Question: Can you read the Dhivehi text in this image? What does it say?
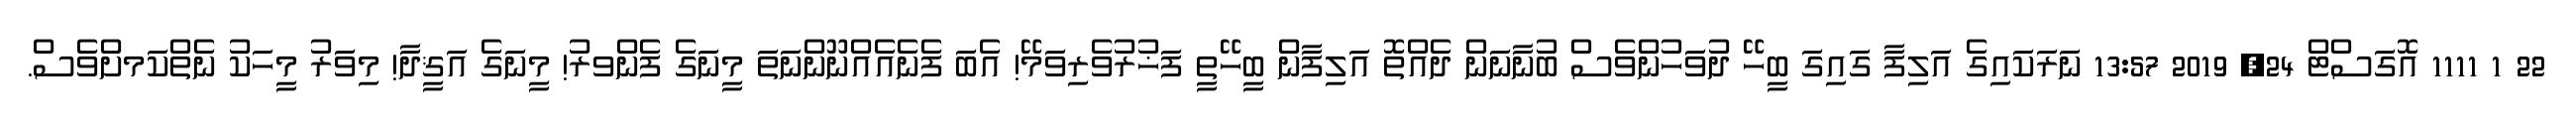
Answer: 22 1 1111 އޮގަސްޓް 24, 2019 13:57 ނަރަކައިގެ އަލިފާ ގައިގަ ބީހޭ ދުވަހުންވެސް ބުނާނަން ދެއްތޮ އަލިފާން ބީހޭތީ ފަޚުރުވެރިވަމޭ! އެބަ ފެނެއެއްނޫންނަތަ މީނަގެ ފެންވރު! މީނަގެ އަޤީދާ! މިވަރު މީހަކު ނެތްކަމށްވެސް.